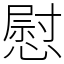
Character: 慰